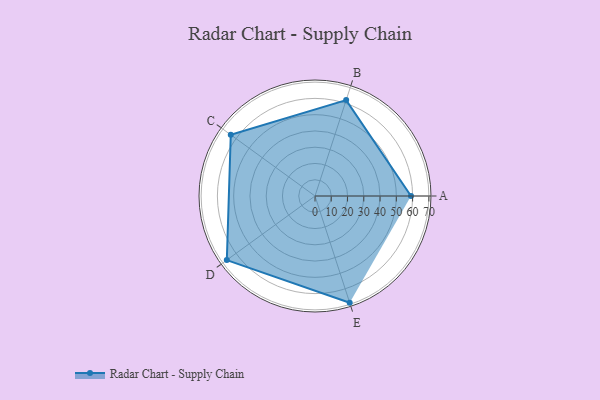
{"axis": {"x": "Skill", "y": "Score"}, "legend": ["Profile"], "data": [{"x": "A", "y": 59.0, "type": "Profile"}, {"x": "B", "y": 62.0, "type": "Profile"}, {"x": "C", "y": 64.0, "type": "Profile"}, {"x": "D", "y": 67.0, "type": "Profile"}, {"x": "E", "y": 69.0, "type": "Profile"}]}